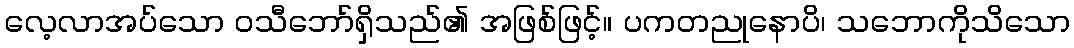
လေ့လာအပ်သော ဝသီဘော်ရှိသည်၏ အဖြစ်ဖြင့်။ ပကတညုနောပိ၊ သဘောကိုသိသော